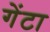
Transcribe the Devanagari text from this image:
गेंटा